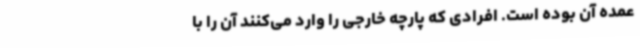
عمده آن بوده است. افرادی که پارچه خارجی را وارد می‌کنند آن را با